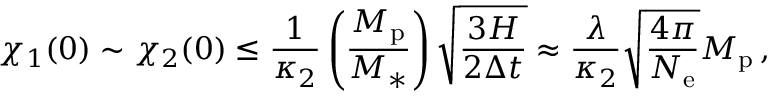
\chi _ { 1 } ( 0 ) \sim \chi _ { 2 } ( 0 ) \leq \frac { 1 } { \kappa _ { 2 } } \left( \frac { M _ { \mathrm { p } } } { M _ { \ast } } \right) \sqrt { \frac { 3 H } { 2 \Delta t } } \approx \frac { \lambda } { \kappa _ { 2 } } \sqrt { \frac { 4 \pi } { N _ { \mathrm { e } } } } M _ { \mathrm { p } } \, ,